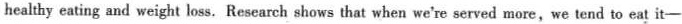
healthy eating and weight loss. Research shows that when we're served more,we tend to eat it-